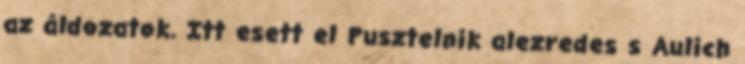
az áldozatok. Itt esett el Pusztelnik alezredes s Aulich